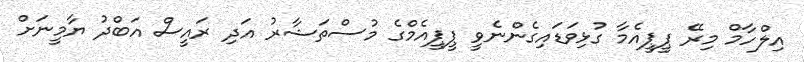
އިލްހާމް މިރޭ ޕީޕީއެމާ ގުޅިވަޑައިގެންނެވީ ޕީޕީއެމްގެ މުސްތަޝާރު އަދި ރައީސް އަބްދު ޔާމީނަށް